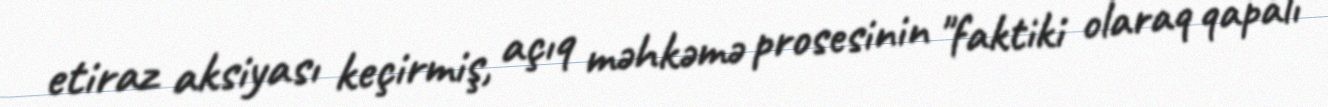
etiraz aksiyası keçirmiş, açıq məhkəmə prosesinin "faktiki olaraq qapalı